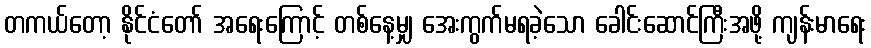
တကယ်တော့ နိုင်ငံတော် အရေးကြောင့် တစ်နေ့မျှ အေးကွက်မရခဲ့သော ခေါင်းဆောင်ကြီးအဖို့ ကျန်းမာရေး